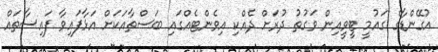
އުގޭންޑާގެ ގައުމީ ޓީވީއިން ވަގުތު ދުރަށް ދެއްކި އިވެންޓެއްގައި ބަސްތާއަކަށް އަޅާފައިވާ ފައިސާތައް